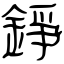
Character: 錚